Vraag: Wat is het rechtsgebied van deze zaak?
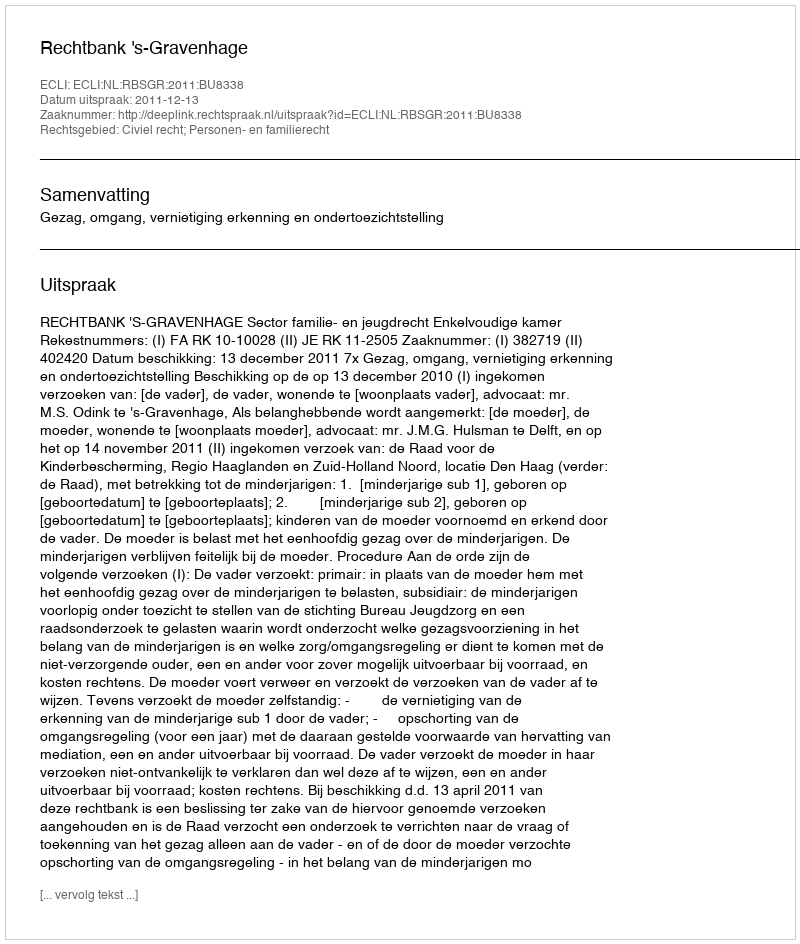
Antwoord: Civiel recht; Personen- en familierecht